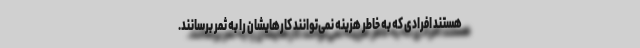
هستند افرادی که به خاطر هزینه نمی‌توانند کارهایشان را به ثمر برسانند.